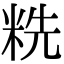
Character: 䊁